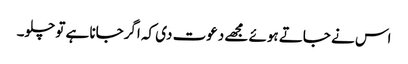
اس نے جاتے ہوئے مجھے دعوت دی کہ اگرجانا ہے تو چلو۔